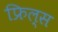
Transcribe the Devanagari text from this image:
फ्रिल्स